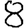
Digit: 8